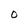
Character: O